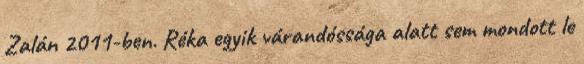
Zalán 2011-ben. Réka egyik várandóssága alatt sem mondott le